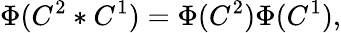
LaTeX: \Phi(C^{2}*C^{1})=\Phi(C^{2})\Phi(C^{1}),